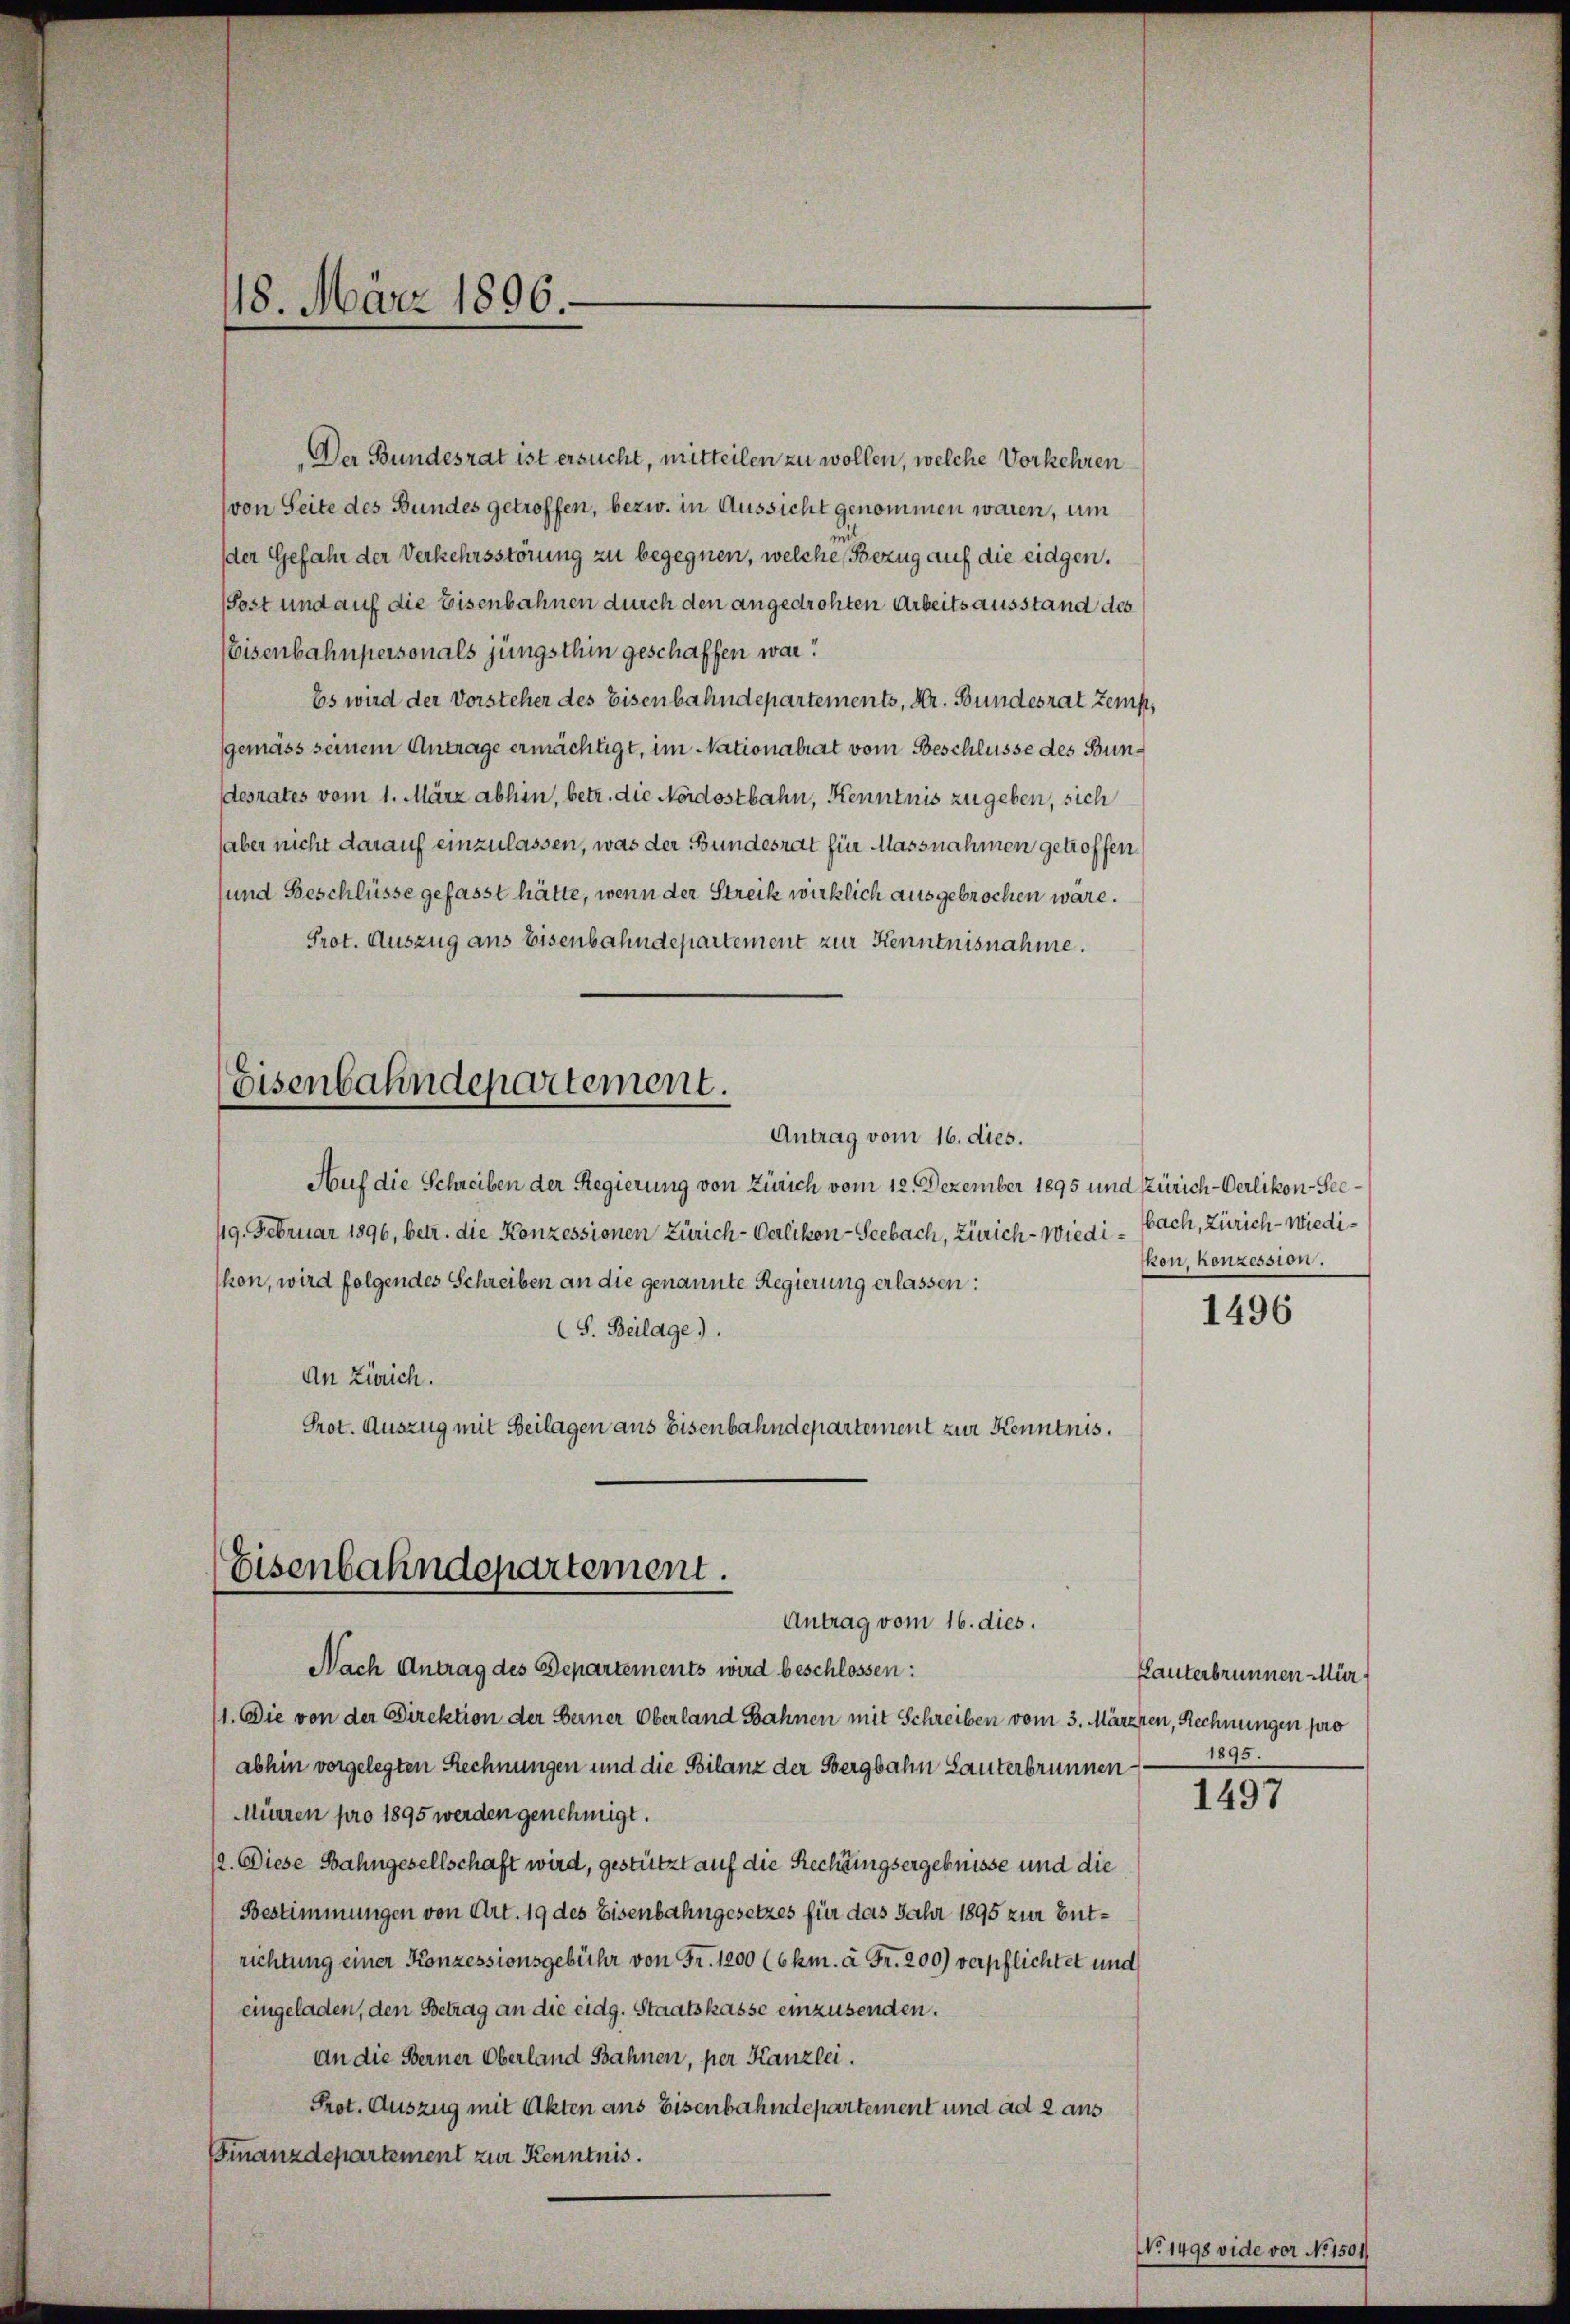
Der Bundesrat ist ersucht, mitteilen zu wollen, welche Vorkehren
(von Seite des Bundes getroffen, bezw. in Aussicht genommen waren, um
der Gefahr der Verkehrsstörung zu begegnen, welche Bezug auf die eidgen.
(Post und auf die Eisenbahnen durch den angedrohten Arbeits ausstand des
Eisenbahnpersonals jüngsthin geschaffen war?
Es wird der Vorsteher des Eisenbahndepartements, Hr. Bundesrat Zemp,
gemäss seinem Antrage ermächtigt, im Nationalrat vom Beschlüsse des Bundesrates vom 1. März abhin, betr. die Nordostbahn, Kenntnis zu geben, sich
haber nicht darauf einzulassen, was der Bundesrat für Massnahmen getroffen
sund Beschlüsse gefasst hätte, wenn der Streik wirklich ausgebrochen wäre.
Prot. Auszug aus Eisenbahndepartement zur Kenntnisnahme.
Eisenbahndepartement.
Antrag vom 16. dies.
Auf die Schreiben der Regierung von Zürich vom 12. Dezember 1895 und Zürich-Oerlikon-See¬
19. Februar 1896, betr. die Konzessionen Zürich-Oerlikon-Seebach, Zürich - Wiedihon, wird folgendes Schreiben an die genannte Regierung erlassen:
(S. Beilage).
An Zürich.
Prot. Auszug mit Beilagen aus Eisenbahndepartement zur Kenntnis.

18. März 1896.

Eisenbahndepartement.
Antrag vom 16. dies.

bach, Zürich - Wiedikon, Konzession.

Nach Antrag des Departements wird beschlossen:
11. Die von der Direktion der Berner Oberland Bahnen mit Schreiben vom 3. Märzzen, Rechnungen pro
abhin vorgelegten Rechnungen und die Bilanz der Bergbahn Lauterbrunnen
Mürren pro 1895 werden genehmigt.
12. Diese Bahngesellschaft wird, gestützt auf die Rechtungsergebnisse und die
Bestimmungen von Art. 19 des Eisenbahngesetzes für das Jahr 1895 zur Entrichtung einer Konzessionsgebühr von Fr. 1200 (6km. à Fr. 200) verpflichtet und
eingeladen, den Betrag an die eidg. Staatskasse einzusenden.
An die Berner Oberland Bahnen, per Kanzlei.
Prot. Auszug mit Akten ans Eisenbahndepartement und ad 2 aus
Finanzdepartement zur Kenntnis.

1496

Lauterbrunnen Mür
1895.

1497

No. 1498 vide vor No 1: